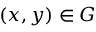
( x , y ) \in G